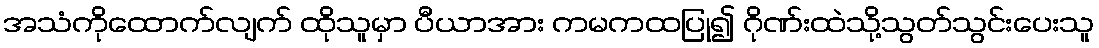
အသံကိုထောက်လျက် ထိုသူမှာ ပီယာအား ကမကထပြု၍ ဂိုဏ်းထဲသို့သွတ်သွင်းပေးသူ